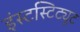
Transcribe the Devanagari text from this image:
इंस्टस्टिट्यूट